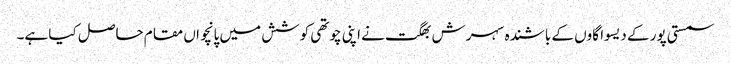
سمستی پور کے دیسوا گاوں کے باشندہ سہرش بھگت نے اپنی چوتھی کوشش میں پانچواں مقام حاصل کیا ہے۔